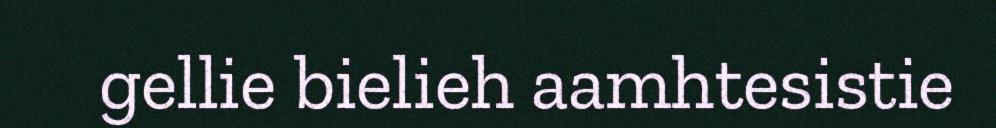
gellie bielieh aamhtesistie